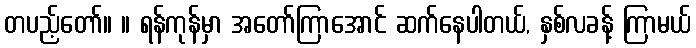
တပည့်တော်။ ။ ရန်ကုန်မှာ အတော်ကြာအောင် ဆက်နေပါတယ်, နှစ်လခန့် ကြာမယ်